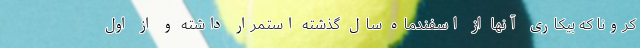
کرونا که بیکاری آنها از اسفندماه سال گذشته استمرار داشته و از اول